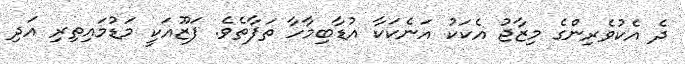
ދެ އެކުވެރިންގެ މިޒާޖު އެކަކު އަނެކަކާ އުޑާބިމާހާ ތަފާތެވެ. ފަޒޫއަކީ މަޑުމައިތިރި އަދި